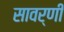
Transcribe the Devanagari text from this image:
सावर्णी